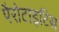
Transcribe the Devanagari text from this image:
पैरोटाइटिस